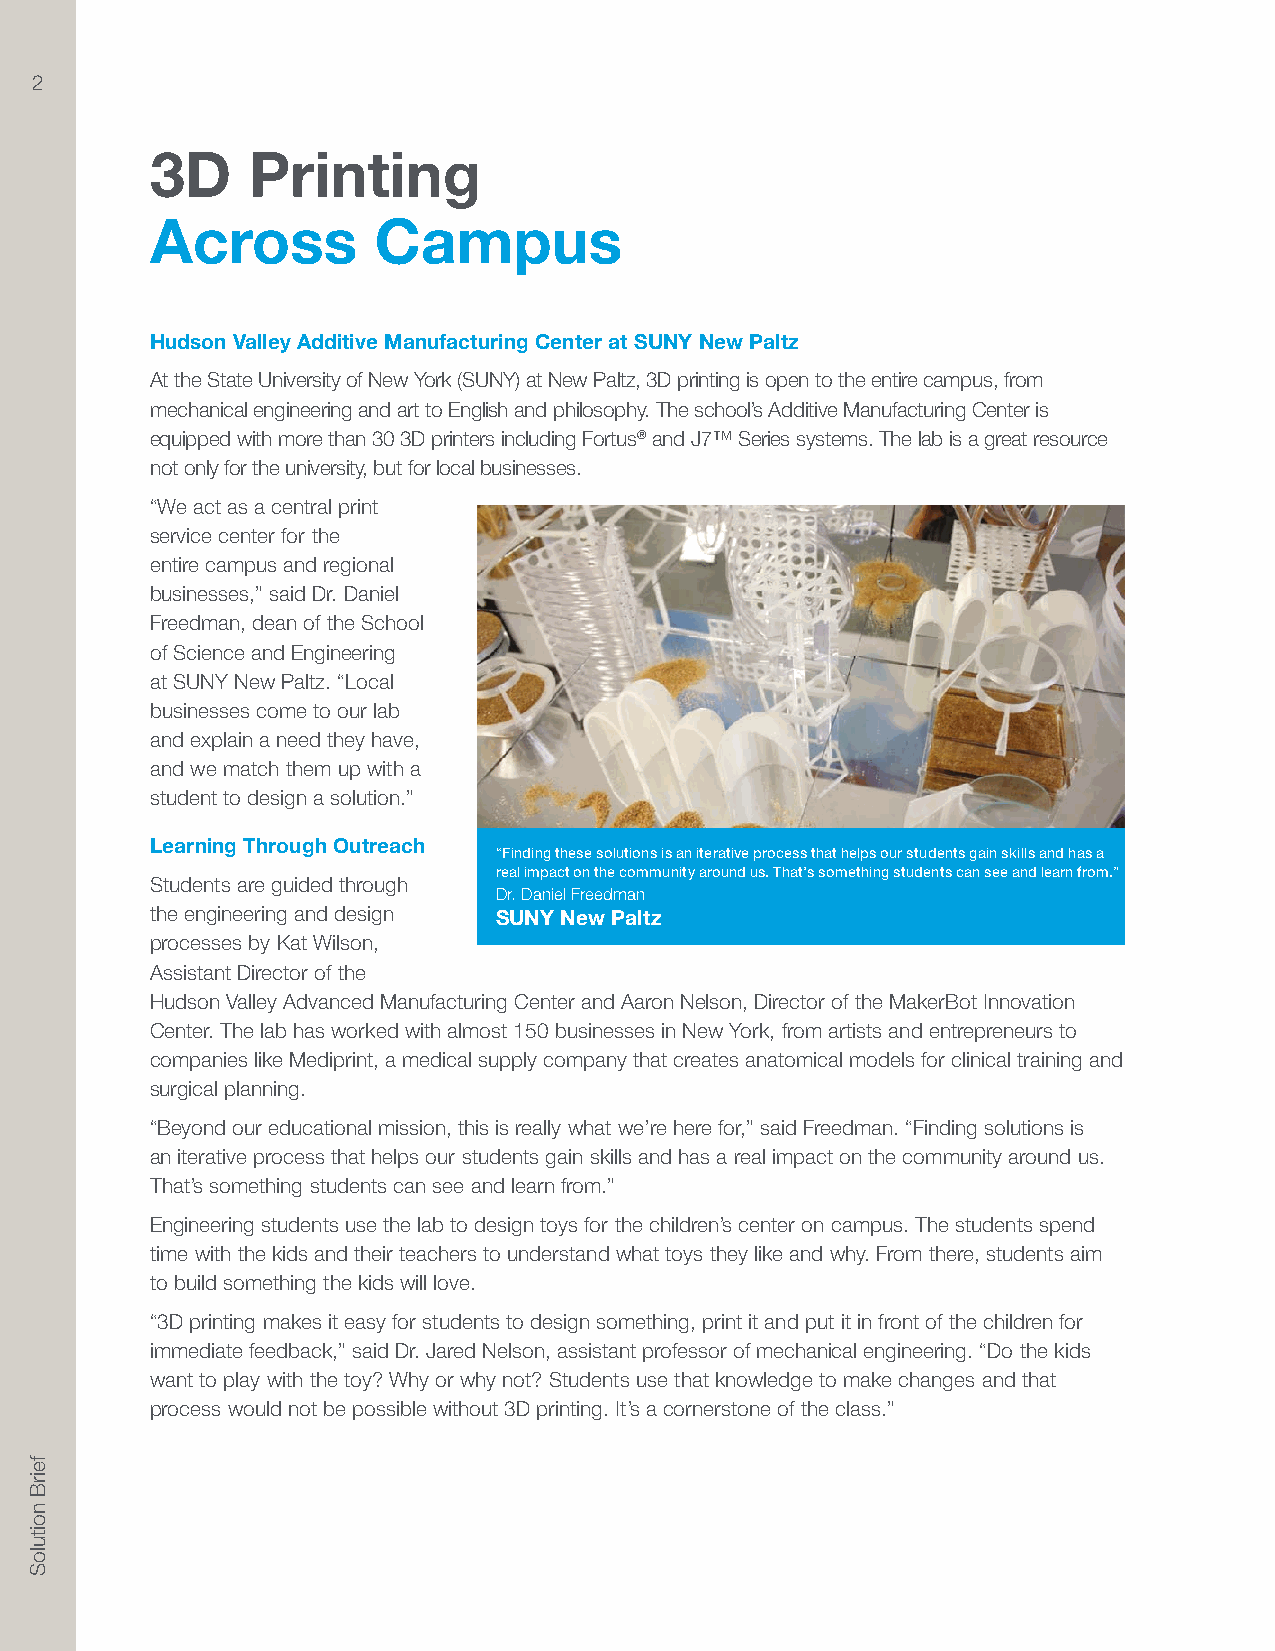
2
 3D    Printing
 Across         Campus
 Hudson Valley Additive Manufacturing Center at SUNY New Paltz
 At the State University of New York (SUNY) at New Paltz, 3D printing is open to the entire campus, from
 mechanical engineering and art to English and philosophy. The school’s Additive Manufacturing Center is
 equipped with more than 30 3D printers including Fortus® and J7™ Series systems. The lab is a great resource
 not only for the university, but for local businesses.
 “We act as a central print
 service center for the
 entire campus and regional
 businesses,” said Dr. Daniel
 Freedman, dean of the School
 of Science and Engineering
 at SUNY New Paltz. “Local
 businesses come to our lab
 and explain a need they have,
 and we match them up with a
 student to design a solution.”
 Learning Through Outreach
 “Finding these solutions is an iterative process that helps our students gain skills and has a
 real impact on the community around us. That’s something students can see and learn from.”
 Students are guided through
 Dr. Daniel Freedman
 the engineering and design SUNY New Paltz
 processes by Kat Wilson,
 Assistant Director of the
 Hudson Valley Advanced Manufacturing Center and Aaron Nelson, Director of the MakerBot Innovation
 Center. The lab has worked with almost 150 businesses in New York, from artists and entrepreneurs to
 companies like Mediprint, a medical supply company that creates anatomical models for clinical training and
 surgical planning.
 “Beyond our educational mission, this is really what we’re here for,” said Freedman. “Finding solutions is
 an iterative process that helps our students gain skills and has a real impact on the community around us.
 That’s something students can see and learn from.”
 Engineering students use the lab to design toys for the children’s center on campus. The students spend
 time with the kids and their teachers to understand what toys they like and why. From there, students aim
 to build something the kids will love.
 “3D printing makes it easy for students to design something, print it and put it in front of the children for
 immediate feedback,” said Dr. Jared Nelson, assistant professor of mechanical engineering. “Do the kids
 want to play with the toy? Why or why not? Students use that knowledge to make changes and that
 process would not be possible without 3D printing. It’s a cornerstone of the class.”
 feirB
 noituloS